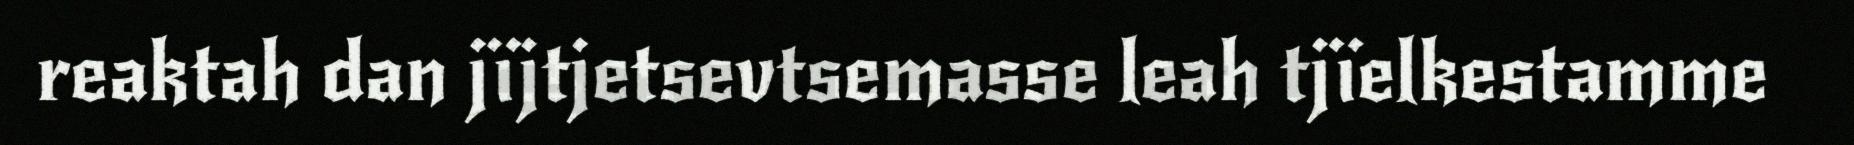
reaktah dan jïjtjetsevtsemasse leah tjïelkestamme